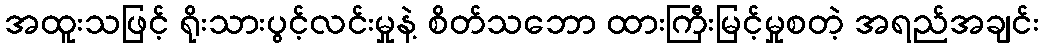
အထူးသဖြင့် ရိုးသားပွင့်လင်းမှုနဲ့ စိတ်သဘော ထားကြီးမြင့်မှုစတဲ့ အရည်အချင်း